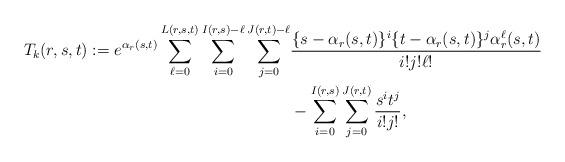
LaTeX: \begin{align*}T_k(r,s,t) := e^{\alpha_r(s,t)} \sum_{\ell=0}^{L(r,s,t)} \sum_{i=0}^{I(r,s)-\ell} \sum_{j=0}^{J(r,t)-\ell} &\frac{\{s-\alpha_r(s,t)\}^i \{t-\alpha_r(s,t)\}^j \alpha_r^\ell(s,t)}{i! j! \ell!} \\& - \sum_{i=0}^{I(r,s)} \sum_{j=0}^{J(r,t)} \frac{s^it^j}{i! j!},\end{align*}